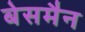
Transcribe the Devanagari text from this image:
बेसमैन